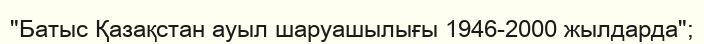
"Батыс Қазақстан ауыл шаруашылығы 1946-2000 жылдарда";